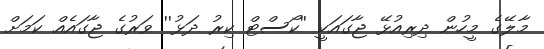
މާލޭގެ މީހުން ދިރިއުޅޭ ޖާގައަކީ ''ކޯސްޓް ކިރު ދަޅު'' ވަރުގެ ޖާގައެއް ކަމަށް